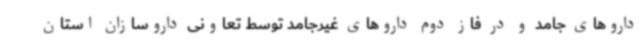
داروهای جامد و در فاز دوم داروهای غیرجامد توسط تعاونی داروسازان استان